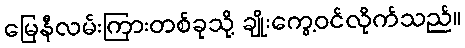
မြေနီလမ်းကြားတစ်ခုသို့ ချိုးကွေ့ဝင်လိုက်သည်။